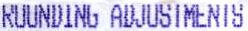
ROUNDING ADJUSTMENTS